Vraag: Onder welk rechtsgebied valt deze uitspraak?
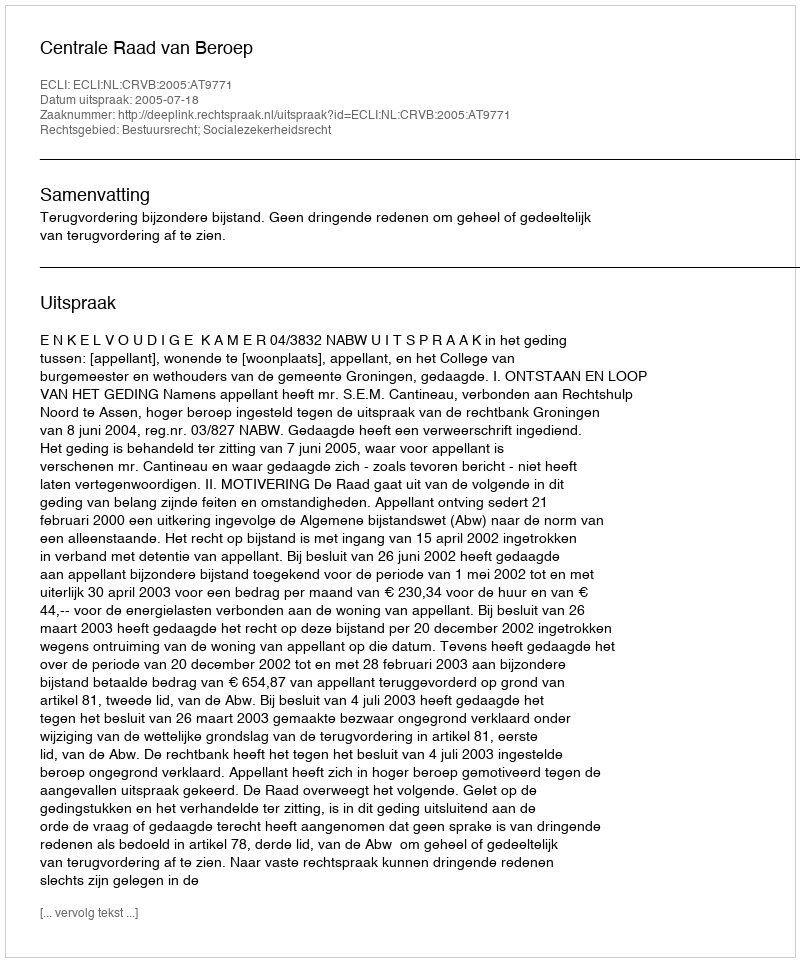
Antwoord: Bestuursrecht; Socialezekerheidsrecht